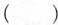
()